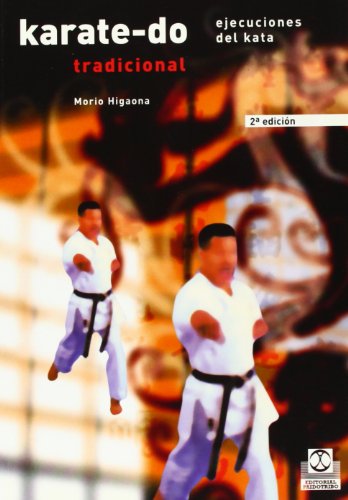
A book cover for Karate-Do Tradicional II - Ejec. del Kata (Spanish Edition); Morio Higaonna; Sports & Outdoors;